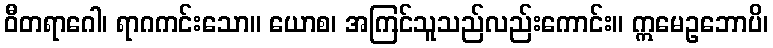
ဝီတရာဂေါ၊ ရာဂကင်းသော။ ယောစ၊ အကြင်သူသည်လည်းကောင်း။ ဣမေဥဘောပိ၊